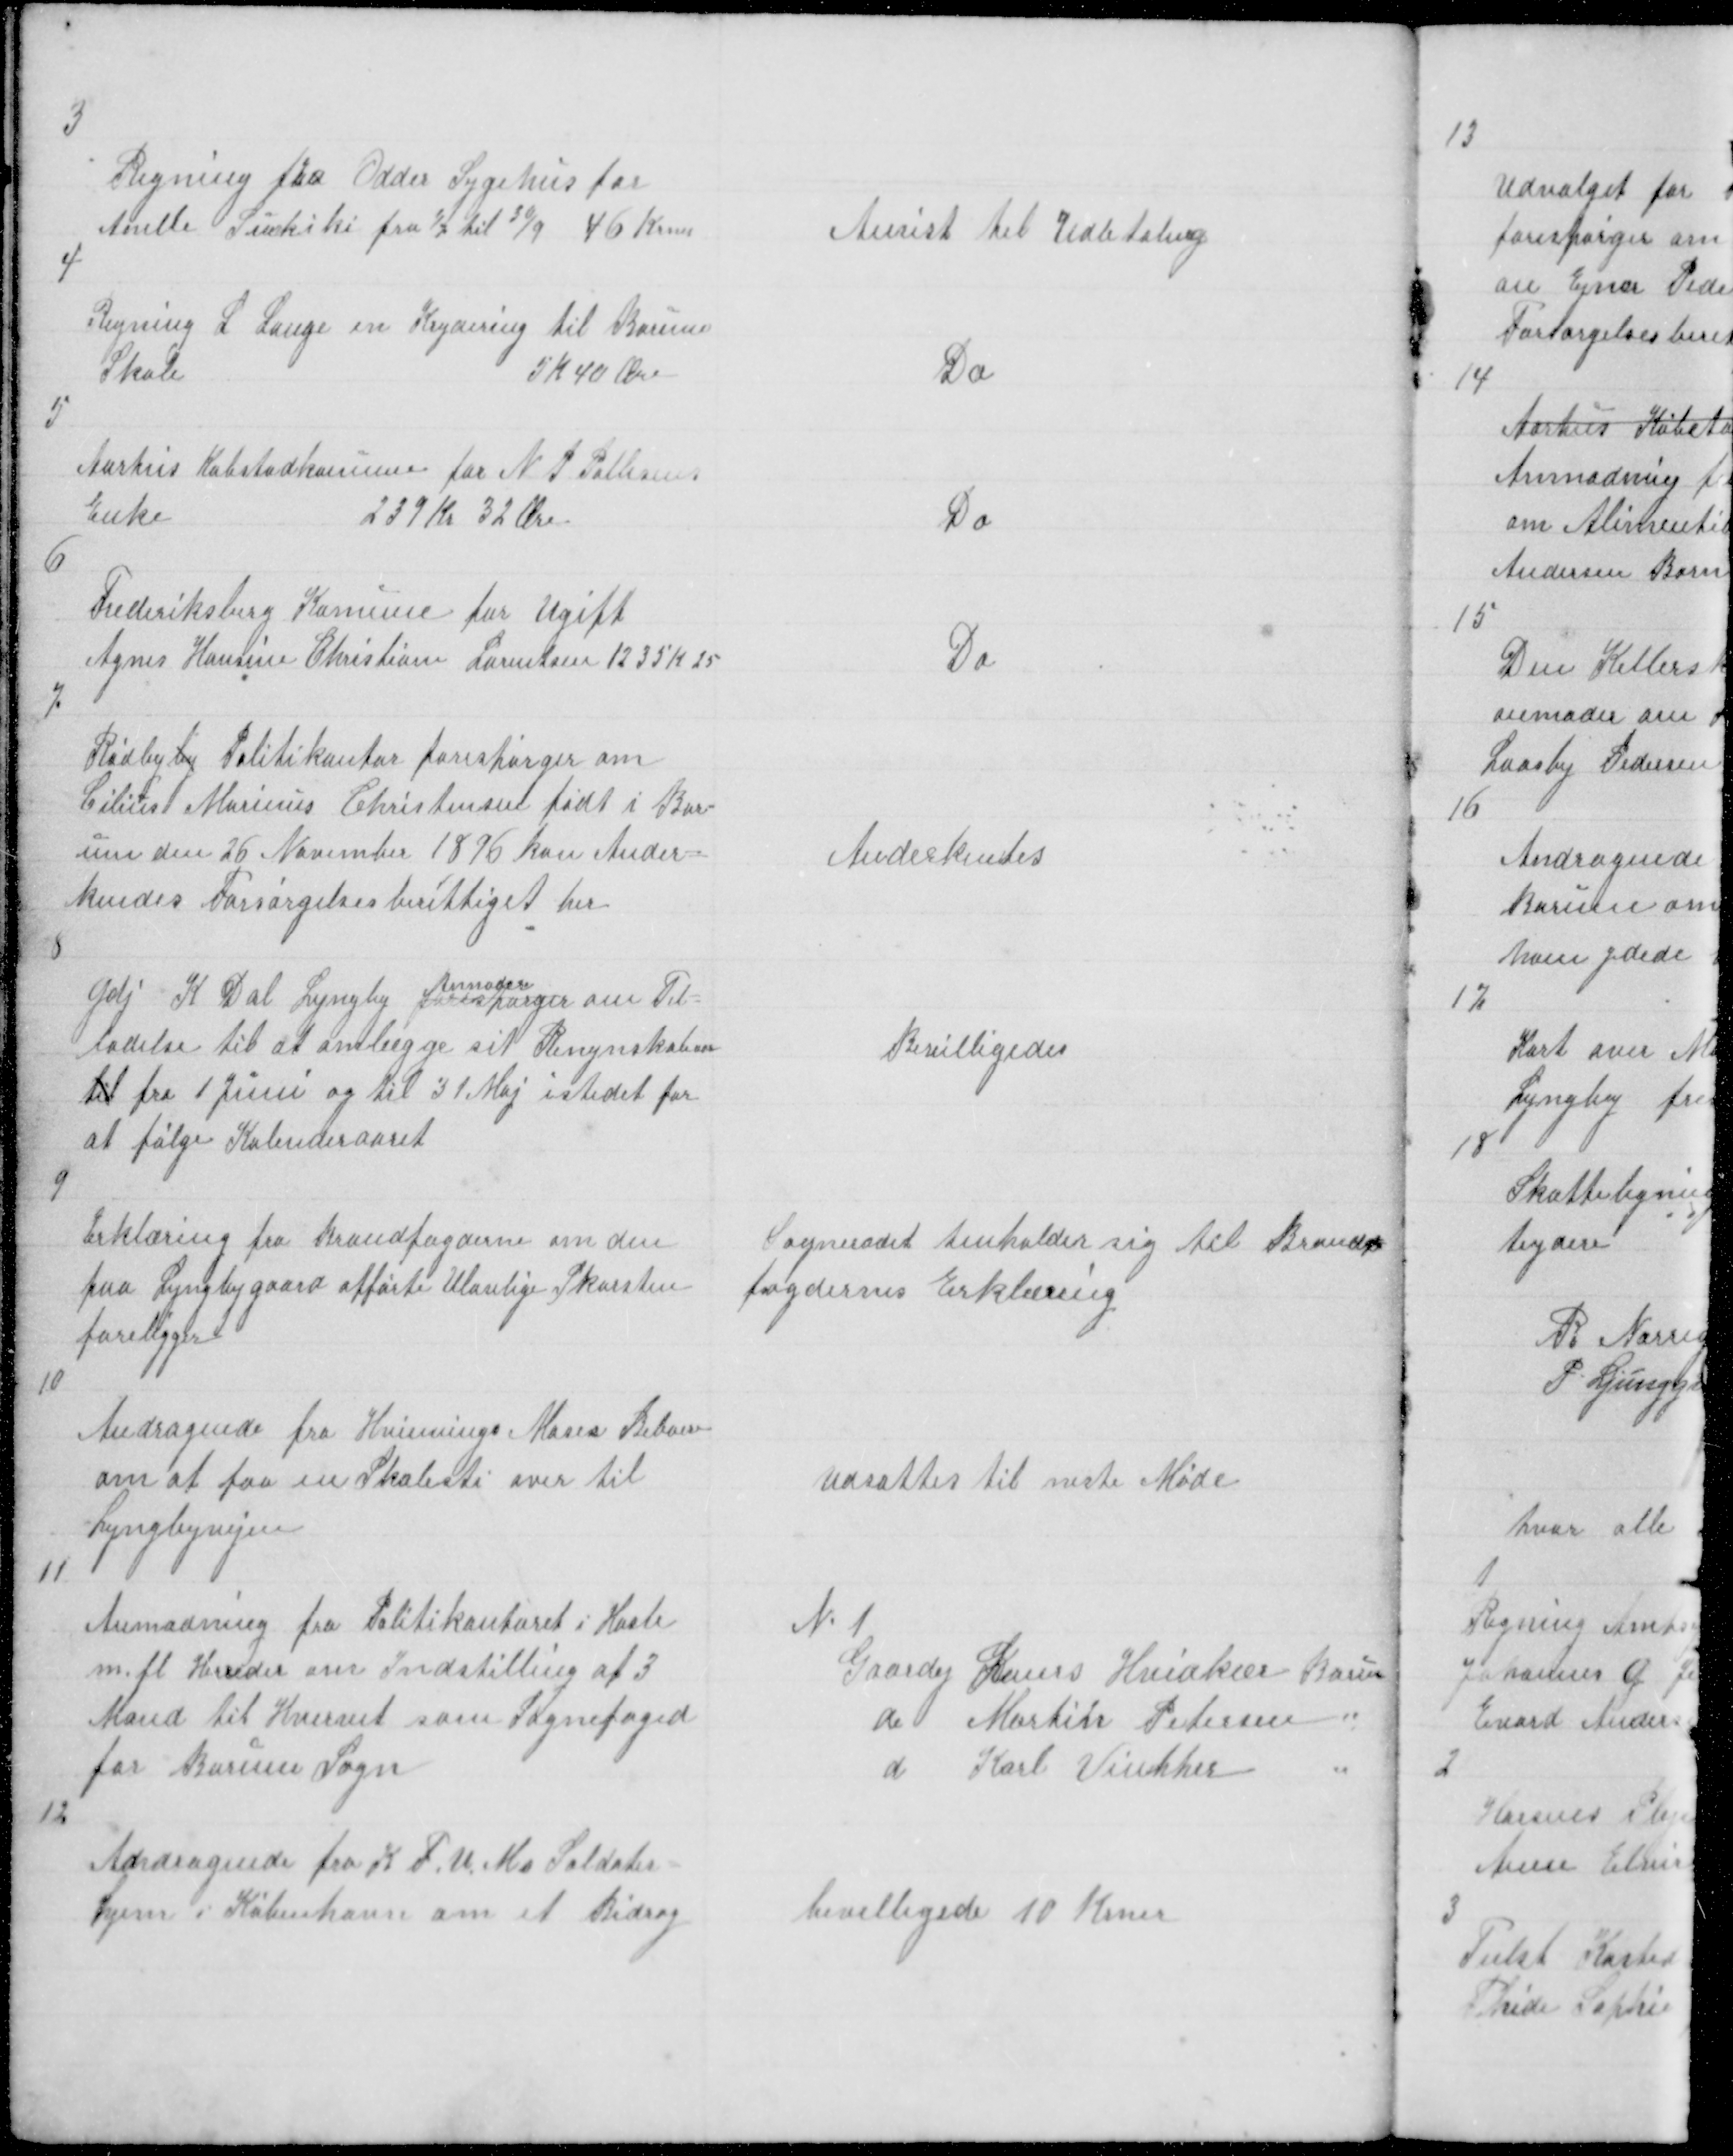
Transskription:
3

Regning fra Odder Sygehus for
Anelle Suckiki fra 1/7 til 30/9 46 Krner

Anvist til Udbetaling

4

Regning L Lange en Krydering til Borum
Skole
5 K 40 Øre

Do

5

Aarhus Købstadkomune for N P Pallesens
Enke
239 Kr 32 Øre

Do

6

Frederiksberg Komune for Ugift
Agnes Hansine Christiane Lorentsen 1235 K 25

Do

7

Rødby by Politikontor forespørger om
Cilius Marinus Christensen født i Bor=
um den 26. November 1896 kan Ander =
kendes Forsørgelsesberettiget her

Anderkentes

8

Gdj K Dal forespørger
Anmoder
om Til =
ladelse til at omlægge sit Rengnskabaar
til fra 1 Juni og til 31 Maj istedet for
at følge Kalenderaaret

Beviligedes

9

Erklæring fra Brandfogderne om den
paa Lyngbygaard afførte Ulovlige Skorsten
foreligger

Sogneraadet henholder sig til Brand
fogdernes Erklæring

10

Andragende fra Hvinning Moses Beboere
om at faa en Skolesti over til
Lyngbyvejen

Udsattes til neste Møde

11

Anmodning fra Politikontoret i Hasle
m. fl. Herreder om Indstilling af 3
Mand til Hvervet som Sognefoged
for Borum Sogn

№ 1
Gaardej Laurs Hvidkær Borum
do Martin Petersen "
d Karl Vinther
"

12

Andragende fra K F. U. Ms Soldater =
hjem i København om et Bidrag

bevilligede 10 Krner